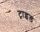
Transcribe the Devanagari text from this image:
ट्राइड